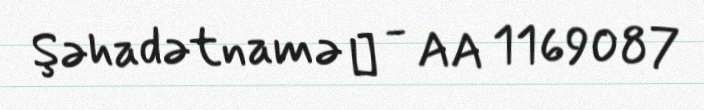
Şəhadətnamə № - AA 1169087